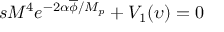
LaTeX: s M ^ { 4 } e ^ { - 2 \alpha \overline { { { \phi } } } / M _ { p } } + V _ { 1 } ( \upsilon ) = 0